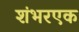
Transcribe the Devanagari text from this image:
शंभरएक